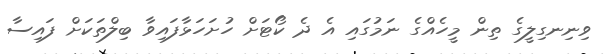
ވިނިނގިލީގެ ތިން މީހެއްގެ ނަމުގައި އެ ދެ ކޯޓަށް ހުށަހަޅާފައިވާ ބިލްތަކަށް ފައިސާ